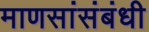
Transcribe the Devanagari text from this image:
माणसांसंबंधी